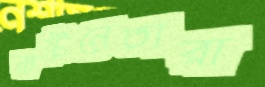
রাষ্ট্রনেতারা